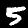
Label: 5